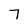
Character: 7